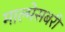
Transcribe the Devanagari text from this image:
माल्मेसबरी